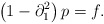
\begin{align*}\left(1-\partial_{1}^{2}\right)p=f.\end{align*}